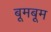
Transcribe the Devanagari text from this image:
बूमबूम